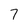
Character: 7